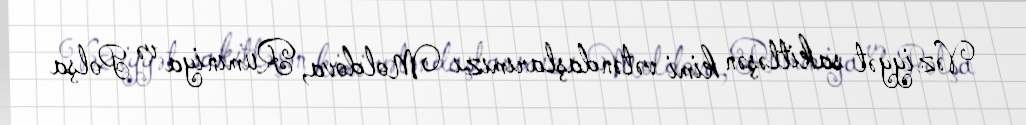
Vəziyyət sakitləşən kimi vətəndaşlarımızı Moldova, Rumıniya və Polşa